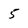
Character: 5